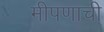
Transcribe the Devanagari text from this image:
मीपणाची